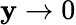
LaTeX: \mathbf{y}\rightarrow0